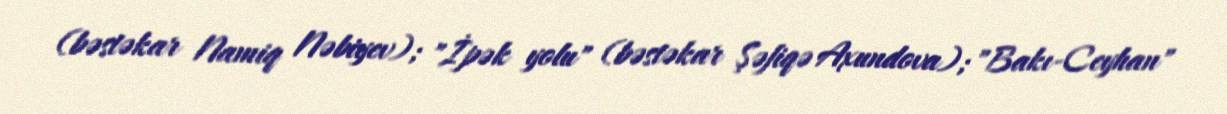
(bəstəkar Namiq Nəbiyev); "İpək yolu" (bəstəkar Şəfiqə Axundova); "Bakı-Ceyhan"